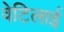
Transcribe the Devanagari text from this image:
वेटिलाई